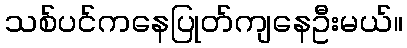
သစ်ပင်ကနေပြုတ်ကျနေဦးမယ်။